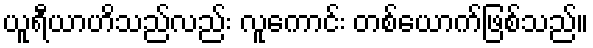
ယူရီယာဟိသည်လည်း လူကောင်း တစ်ယောက်ဖြစ်သည်။